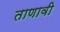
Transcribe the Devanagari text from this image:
ताणावी